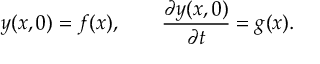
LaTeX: y ( x , 0 ) = f ( x ) , \qquad { \frac { \partial y ( x , 0 ) } { \partial t } } = g ( x ) .